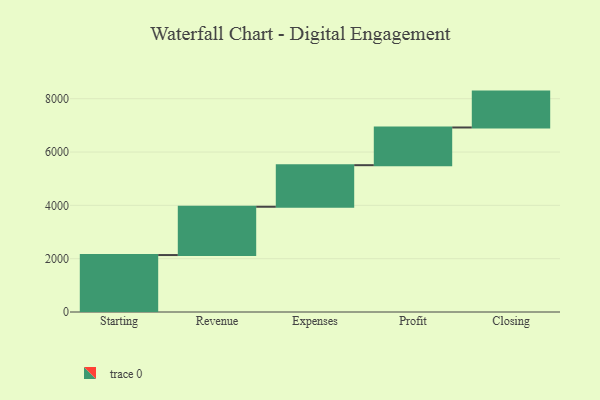
{"axis": {"x": "Step", "y": "Value"}, "legend": [""], "data": [{"x": "Starting", "y": 2136.0, "type": ""}, {"x": "Revenue", "y": 1812.0, "type": ""}, {"x": "Expenses", "y": 1559.0, "type": ""}, {"x": "Profit", "y": 1414.0, "type": ""}, {"x": "Closing", "y": 1346.0, "type": ""}]}